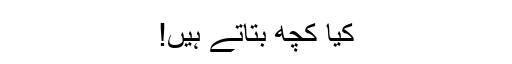
کیا کچھ بتاتے ہیں!